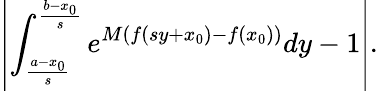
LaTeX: \left|\int_{\frac{a-x_{0}}{s}}^{\frac{b-x_{0}}{s}}e^{M(f(sy+x_{0})-f(x_{0}))}dy-1\right|.